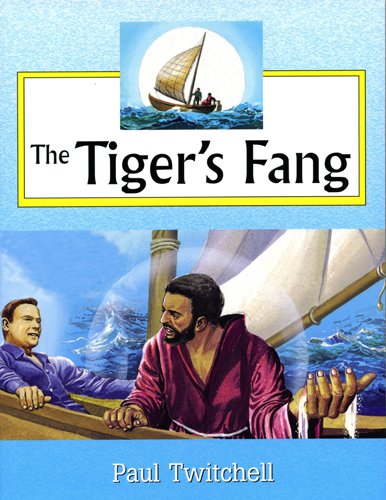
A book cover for The Tiger's Fang: Graphic Novel; Paul Twitchell; Religion & Spirituality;